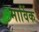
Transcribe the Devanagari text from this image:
मार्विक